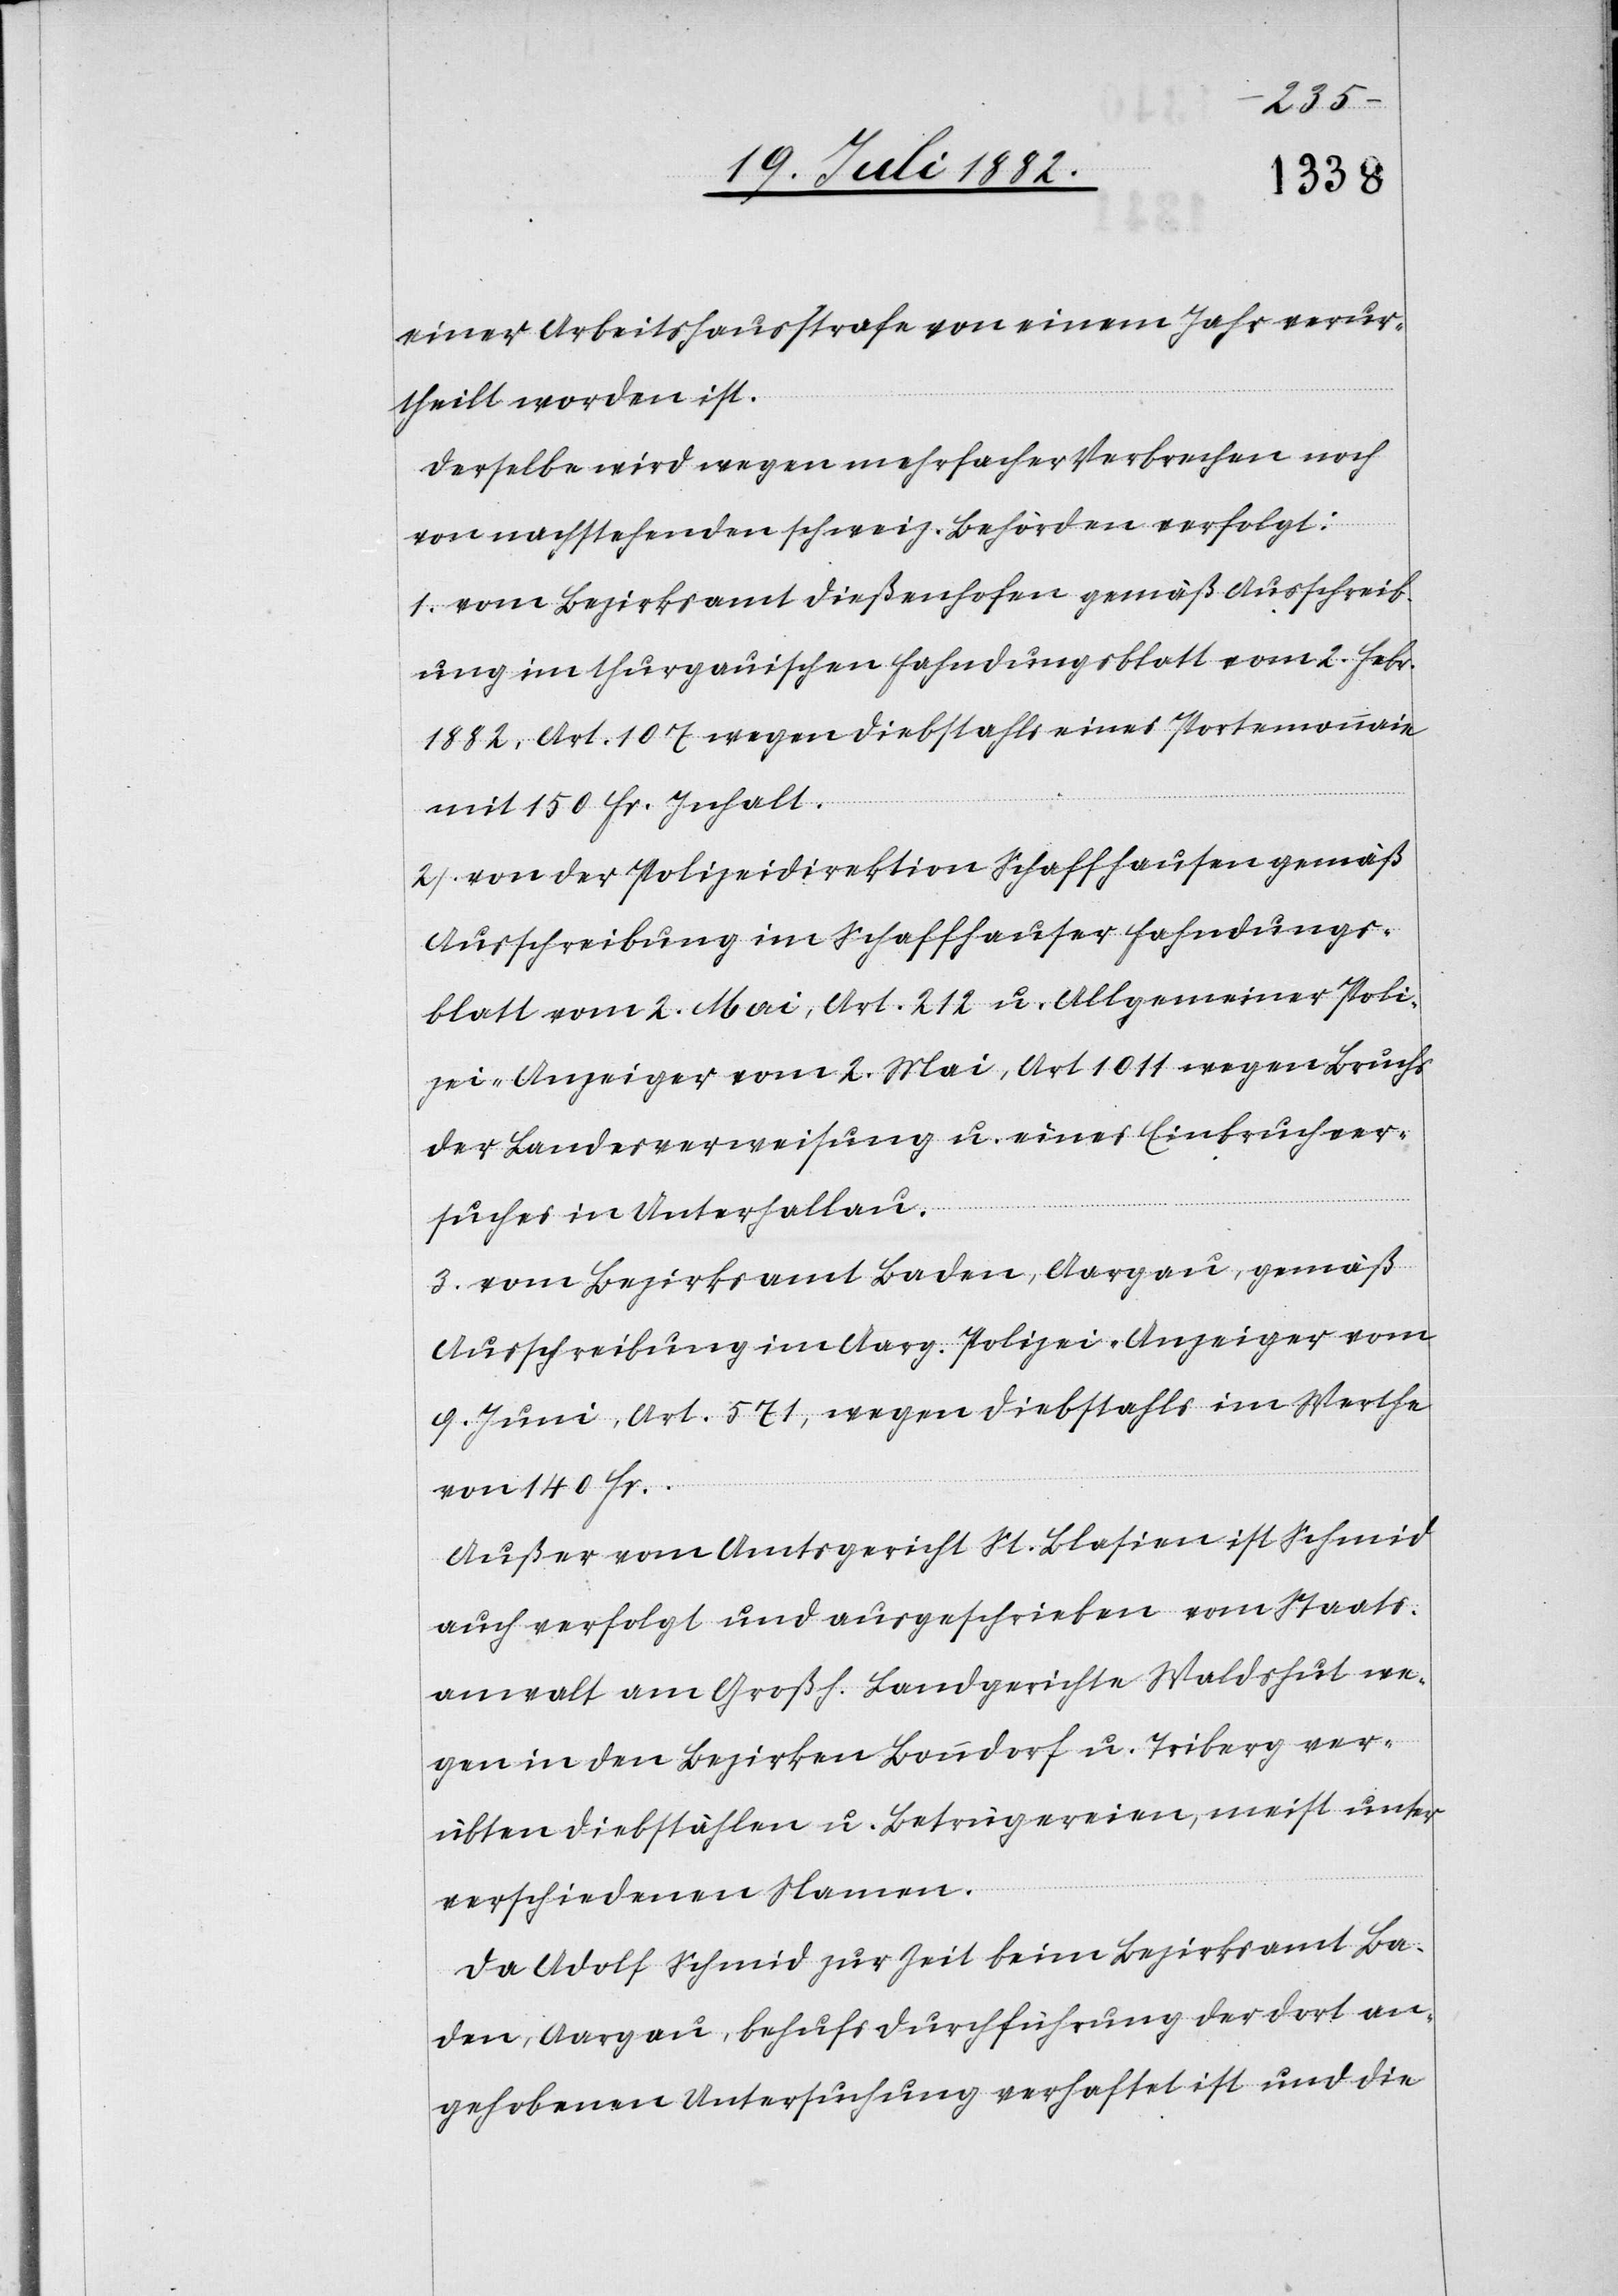
einer Arbeitshausstrafe von einem Jahr verur¬
theilt worden ist.
Derselbe wird wegen mehrfacher Verbrechen noch
von nachstehenden schweiz. Behörden verfolgt:
1. vom Bezirksamt Dießenhofen gemäß Ausschreib¬
ung im thurgauischen Fahndungsblatt vom 2. Febr.
1882, Art. 107 wegen Diebstahls eines Portemonnaie
mit 150 Fr. Inhalt.
2. von der Polizeidirektion Schaffhausen gemäß
Ausschreibung im Schaffhauser Fahndungs¬
blatt vom 2. Mai, Art. 212 u. Allgemeiner Poli¬
zei-Anzeiger vom 2. Mai, Art. 1011 wegen Bruchs
der Landesverweisung u. eines Einbruchver¬
suches in Unterhallau.
3. vom Bezirksamt Baden, Aargau, gemäß
Ausschreibung im Aarg. Polizei-Anzeiger vom
9. Juni, Art. 571, wegen Diebstahls im Werthe
von 140 Fr.
Außer vom Amtsgericht St. Blasien ist Schmid
auch verfolgt und ausgeschrieben vom Staats¬
anwalt am Großh. Landgerichte Waldshut we¬
gen in den Bezirken Bonndorf u. Triberg ver¬
übten Diebstählen u. Betrügereien, meist unter
verschiedenen Namen.
Da Adolf Schmid zur Zeit beim Bezirksamt Ba¬
den, Aargau, behufs Durchführung der dort an¬
gehobenen Untersuchung verhaftet ist und die